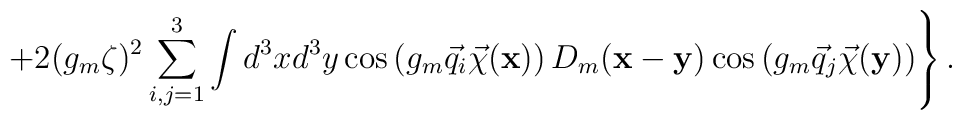
\left.+2(g_m\zeta)^2\sum\limits_{i,j=1}^{3}\int d^3xd^3y\cos\left(g_m\vec q_i\vec\chi({\bf x})\right)D_m({\bf x}-{\bf y})\cos\left(g_m\vec q_j\vec\chi({\bf y})\right)\right\}.